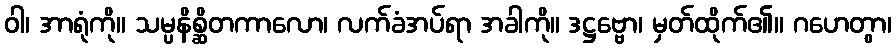
ဝါ၊ အာရုံကို။ သမ္ပနိစ္ဆိတကာလော၊ လက်ခံအပ်ရာ အခါကို။ ဒဋ္ဌဗ္ဗော၊ မှတ်ထိုက်၏။ ဂဟေတွာ၊